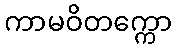
ကာမဝိတက္ကော